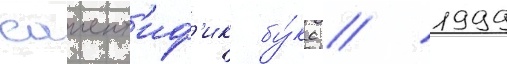
саиент'иф'ик бу́кс / 1999